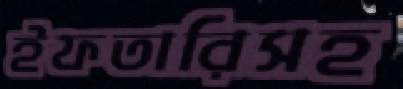
ইফতারিসহ